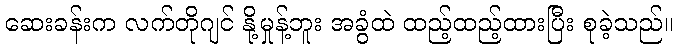
ဆေးခန်းက လက်တိုဂျင် နို့မှုန့်ဘူး အခွံထဲ ထည့်ထည့်ထားပြီး စုခဲ့သည်။